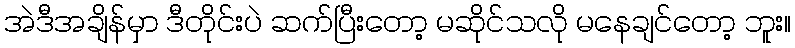
အဲဒီအချိန်မှာ ဒီတိုင်းပဲ ဆက်ပြီးတော့ မဆိုင်သလို မနေချင်တော့ ဘူး။